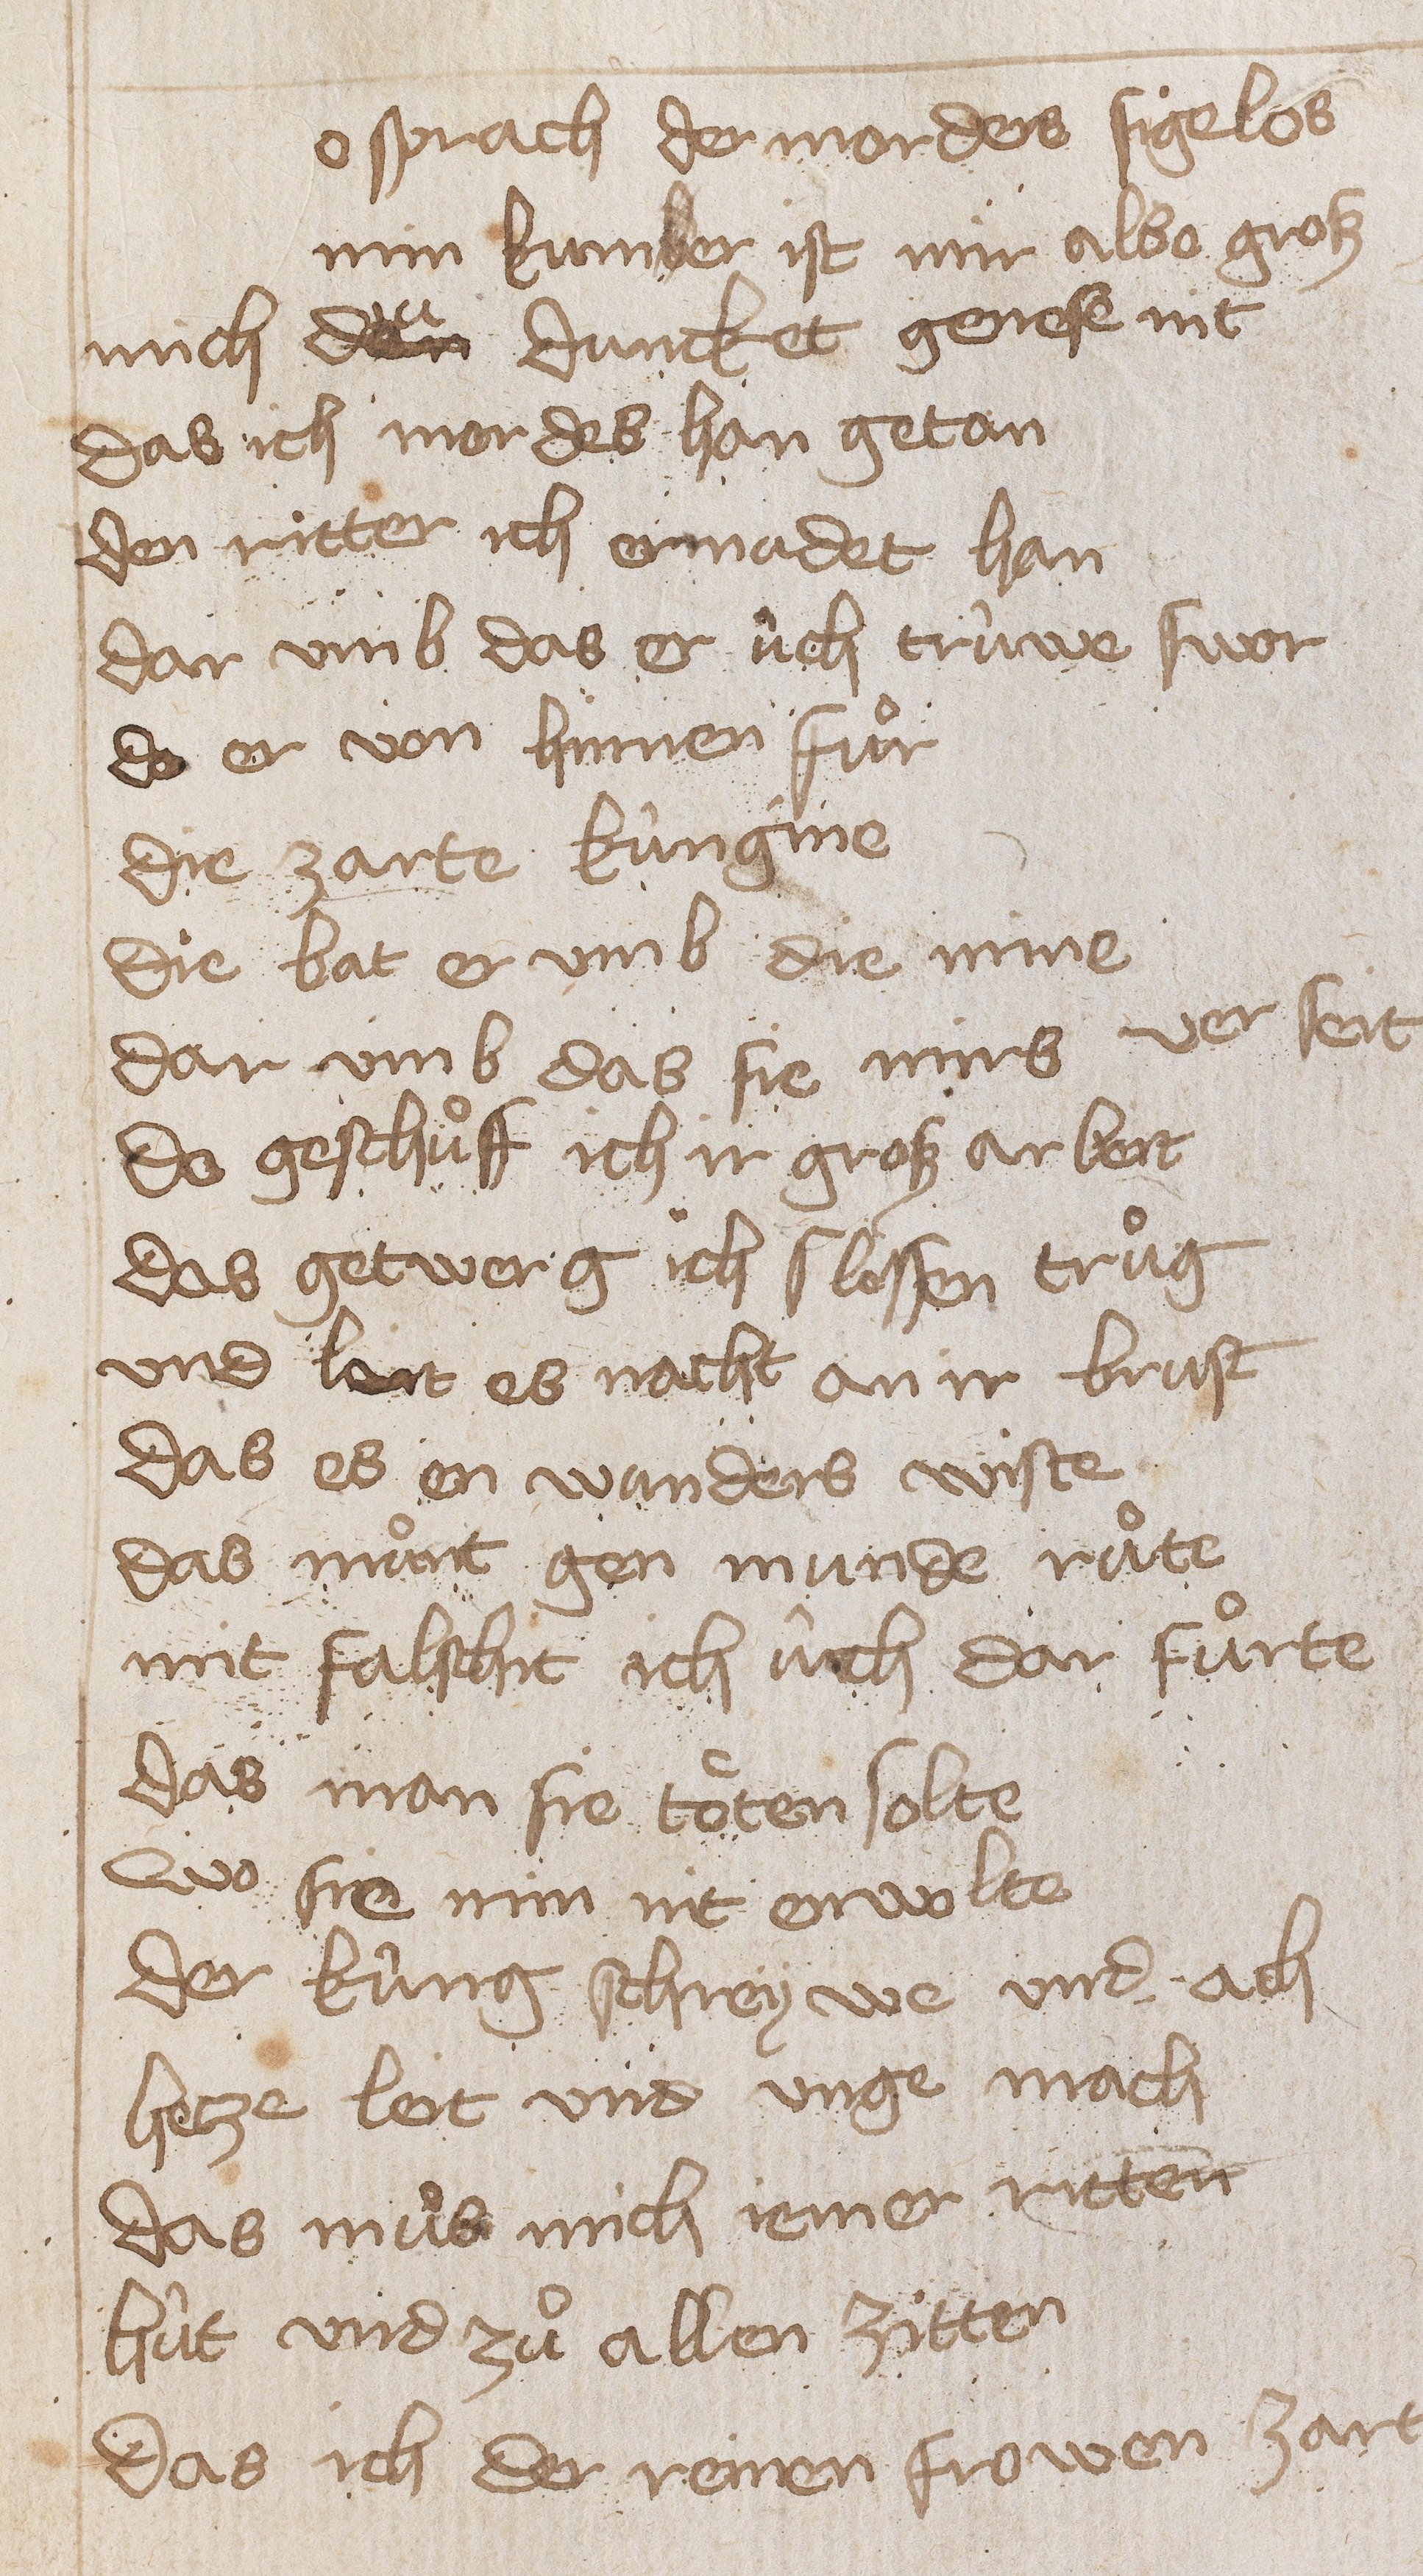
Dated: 1400–1449